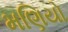
મણિયો